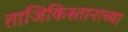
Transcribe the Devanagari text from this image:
ताजिकिस्तानाच्या